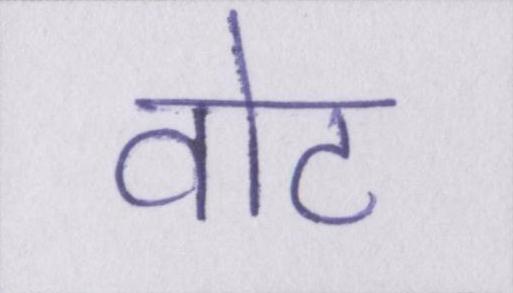
वोट